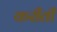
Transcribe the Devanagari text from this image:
करीती